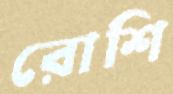
রোশি